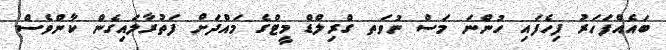
ބައެއްފަހަރު ފިހެފައި ހުންނަ މަސް ނުވަތ ގްރިލްޑް މީޓްގެ މަައްދަށް ފަތުރާލައިގެން ކާންވެސް